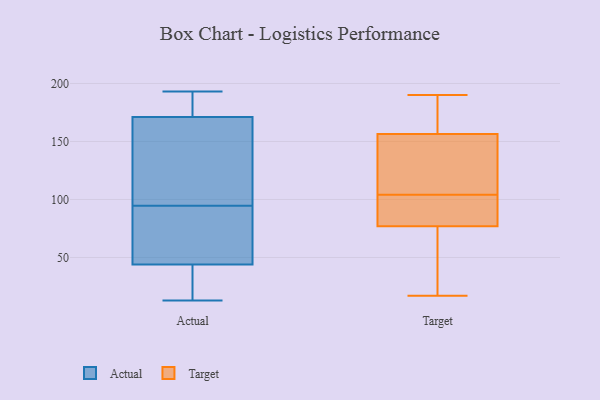
{"axis": {"x": "Market Share (%)", "y": "Value"}, "legend": ["Actual", "Target"], "data": [{"x": "", "y": 13, "type": "Actual"}, {"x": "", "y": 58, "type": "Actual"}, {"x": "", "y": 33, "type": "Actual"}, {"x": "", "y": 171, "type": "Actual"}, {"x": "", "y": 193, "type": "Actual"}, {"x": "", "y": 44, "type": "Actual"}, {"x": "", "y": 47, "type": "Actual"}, {"x": "", "y": 131, "type": "Actual"}, {"x": "", "y": 145, "type": "Actual"}, {"x": "", "y": 175, "type": "Actual"}, {"x": "", "y": 17, "type": "Target"}, {"x": "", "y": 173, "type": "Target"}, {"x": "", "y": 136, "type": "Target"}, {"x": "", "y": 66, "type": "Target"}, {"x": "", "y": 88, "type": "Target"}, {"x": "", "y": 190, "type": "Target"}, {"x": "", "y": 100, "type": "Target"}, {"x": "", "y": 153, "type": "Target"}, {"x": "", "y": 105, "type": "Target"}, {"x": "", "y": 103, "type": "Target"}, {"x": "", "y": 160, "type": "Target"}, {"x": "", "y": 60, "type": "Target"}]}